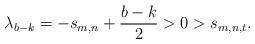
LaTeX: \begin{align*} \lambda_{b-k} = -s_{m,n} + \frac{b-k}{2} > 0 > s_{m,n,t}. \end{align*}